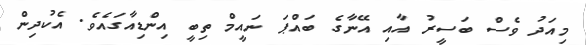
މިއަދު ވެސް ބަސީރު އާއި އޭނާގެ ބައްޕަ ނައީމް ތިބީ އިންޑިއާގައެވެ. އެކުދިން